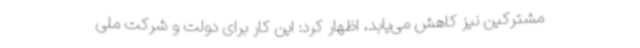
مشترکین نیز کاهش می‌یابد، اظهار کرد: این کار برای دولت و شرکت ملی